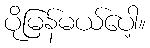
ပိုမြန်မယ်ပေါ့။